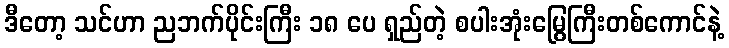
ဒီတော့ သင်ဟာ ညဘက်ပိုင်းကြီး ၁၈ ပေ ရှည်တဲ့ စပါးအုံးမြွေကြီးတစ်ကောင်နဲ့